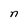
Character: n